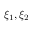
\xi _ { 1 } , \xi _ { 2 }